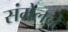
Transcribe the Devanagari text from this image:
संमेलनेे